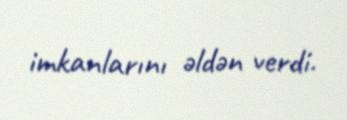
imkanlarını əldən verdi.